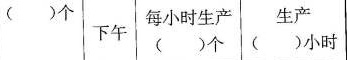
()个 下午 每小时生产（）个 生产（）小时